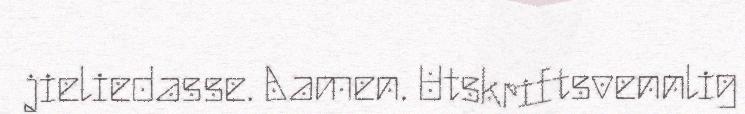
jieliedasse. Aamen. Utskriftsvennlig